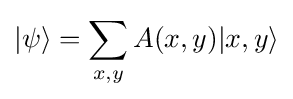
|\psi \rangle =\sum _{x,y}A(x,y)|x,y\rangle